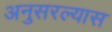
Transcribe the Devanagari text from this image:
अनुसरल्यास